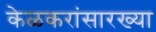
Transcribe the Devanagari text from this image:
केळकरांसारख्या